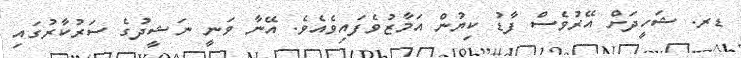
ޑރ. ޝަހީދަށް އޭރުވެސް ފާޑު ކިޔުން އަމާޒުވެފައިވެއެވެ. އޭނާ ވަނީ ނަޝީދުގެ ސަރުކާރުުގައި